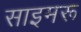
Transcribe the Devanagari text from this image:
साइमरू